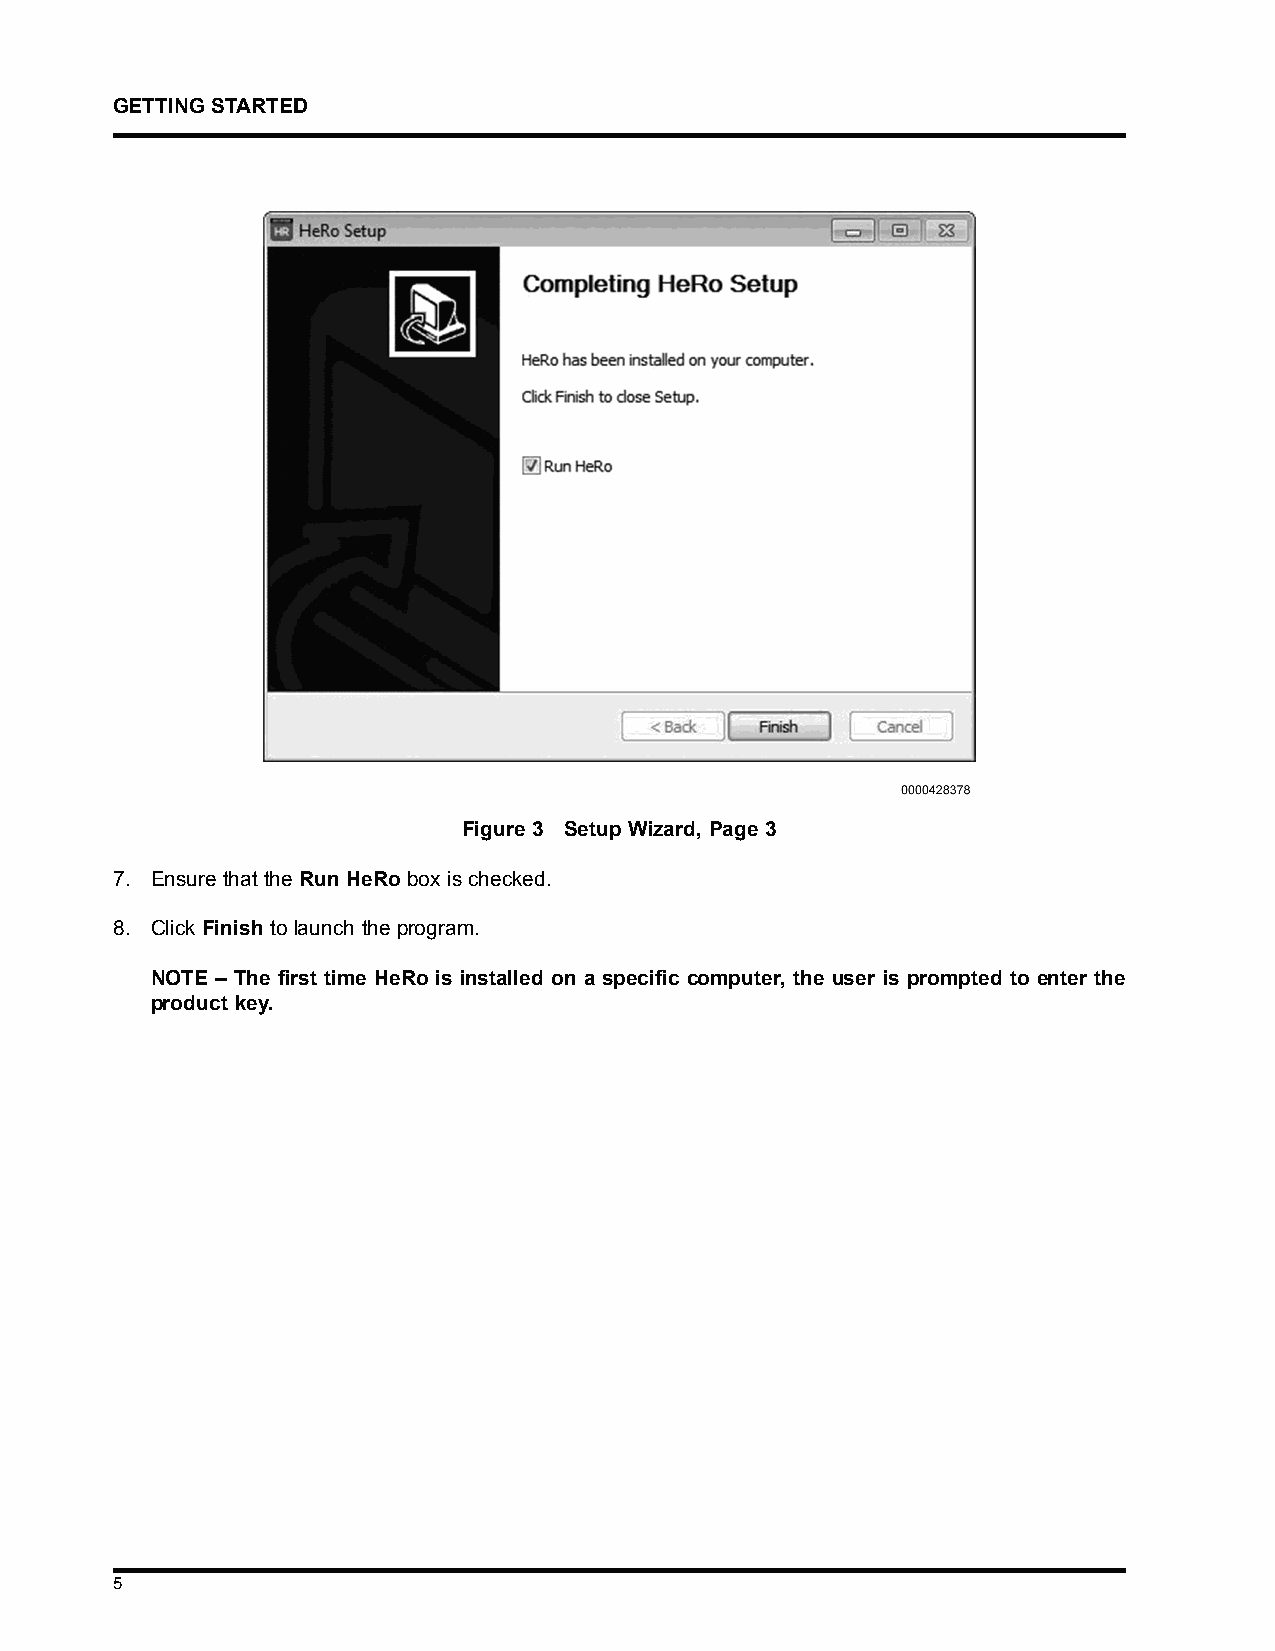
GETTINGSTARTED
 Figure 3 Setup Wizard, Page 3
 7. Ensure that the Run HeRo box is checked.
 8. Click Finish to launch the program.
 NOTE – The first time HeRo is installed on a specific computer, the user is prompted to enter the
 product key.
 5